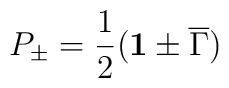
P_\pm = \frac{1}{2}({\bf 1}\pm {\overline\Gamma})